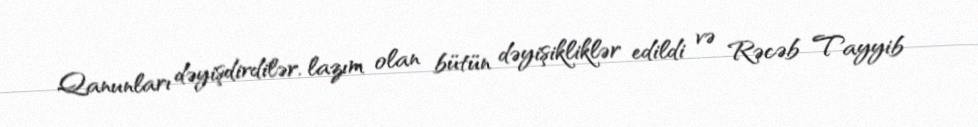
Qanunları dəyişdirdilər, lazım olan bütün dəyişikliklər edildi və Rəcəb Tayyib